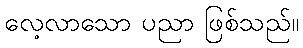
လေ့လာသော ပညာ ဖြစ်သည်။